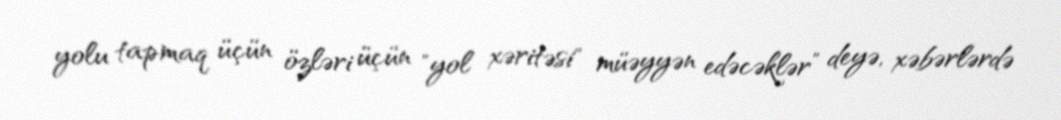
yolu tapmaq üçün özləri üçün "yol xəritəsi" müəyyən edəcəklər” deyə, xəbərlərdə